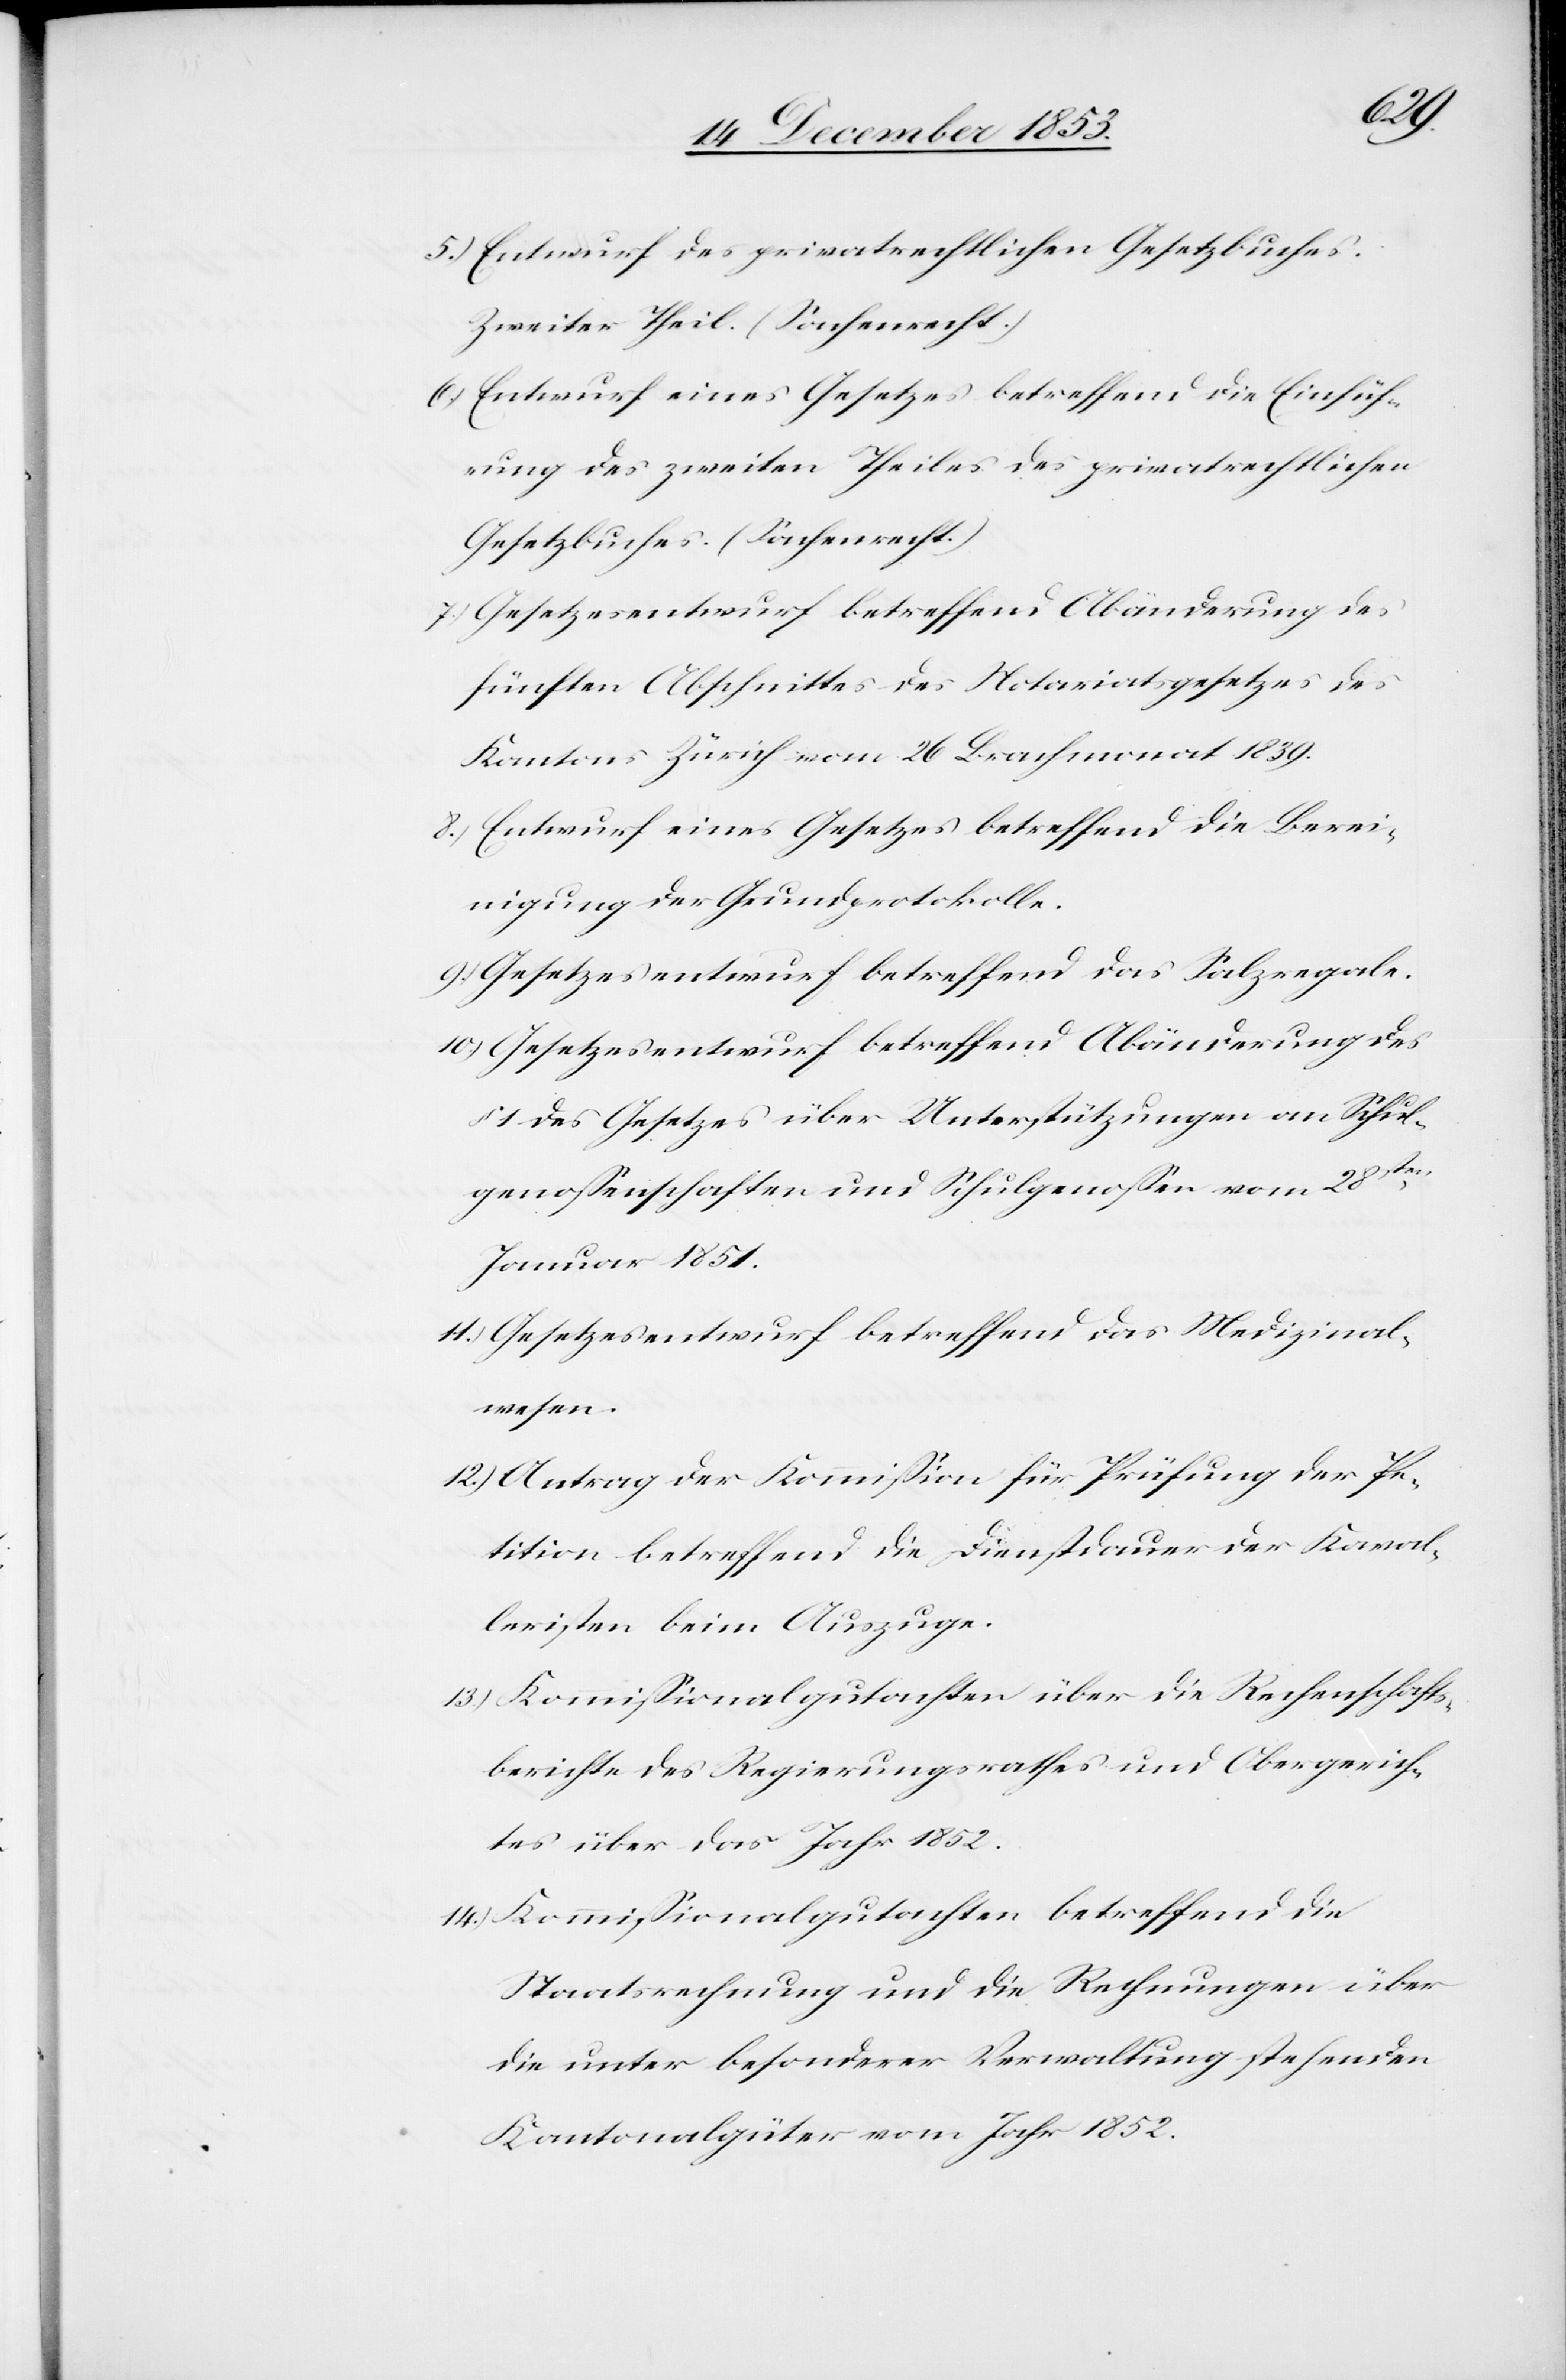
5.) Entwurf des privatrechtlichen Gesetzesbuches.
Zweiter Theil. (Sachenrecht.)
6.) Entwurf eines Gesetzes betreffend die Einfüh¬
rung des zweiten Theiles des privatrechtlichen
Gesetzbuches. (Sachenrecht.)
7.) Gesetzesentwurf betreffend Abänderung des
fünften Abschnittes des Notariatsgesetzes des
Kantons Zürich vom 26 Brachmonat 1839.
8.) Entwurf eines Gesetzes betreffend die Berei¬
nigung der Grundprotokolle.
9.) Gesetzesentwurf betreffend das Salzregale.
10.) Gesetzesentwurf betreffend Abänderung des
1 des Gesetzes über Unterstützungen an Schul¬
genoßenschaften und Schulgenoßen vom 28sten
Januar 1851.
11.) Gesetzesentwurf betreffend das Medizinal¬
wesen.
12.) Antrag der Kommißion für Prüfung der Pe¬
tition betreffend die Dienstdauer der Kaval¬
leristen beim Auszuge.
13.) Kommißionalgutachten über die Rechenschafts¬
berichte des Regierungsrathes und Obergerich¬
tes über das Jahr 1852.
14.) Kommißionalgutachten betreffend die
Staatsrechnung und die Rechnungen über
die unter besonderer Verwaltung stehenden
Kantonalgüter vom Jahr 1852.